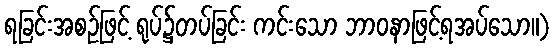
ရခြင်းအစဉ်ဖြင့် ရုပ်၌တပ်ခြင်း ကင်းသော ဘာဝနာဖြင့်ရအပ်သော။)